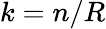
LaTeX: k=n/R